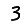
Digit: 3